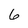
Character: 6